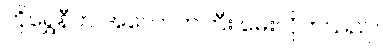
ကိုရွှေနီက အလောတကြီး မေးလိုက်သည်။